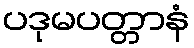
ပဒုမပတ္တာနံ